King Institute of Preventive Medicine Micro-Biological Section reports 1912-19
Year: 1912
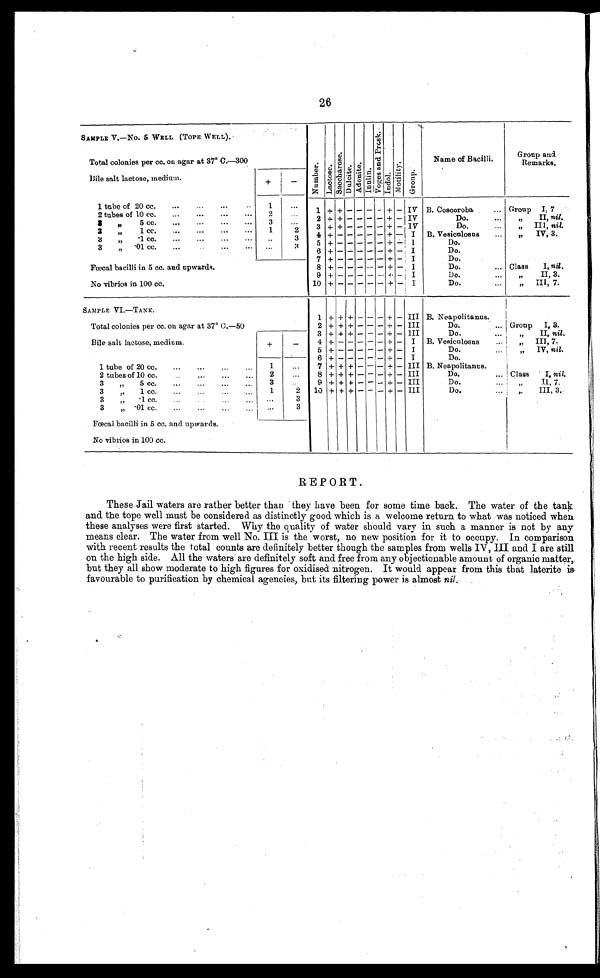
26
SAMPLE V.-No. 5 WELL (TOPE WELL).
N u m b e r . L a c t o s e .
S a c c h a r o s e .
D u l c i t e . A d o n i t e .
I n u l i n .
V o g e s a n d P r e s k .
I n d o l .
M o t i l i t y .
G r o u p .
Name of Bacilli.
Group and
Remarks.
Total colonies per cc. on agar at 37° C.—300
Bile salt lactose, medium.
+
_
1 tube of 20 cc.
. . .
1
. . .
1 + + - - - - + - IV B. Coscoroba
. . . Group I; 7
2 tubes of 10 cc. . . .
2
. . .
2 + +
- - - - + - IV
D o .
II nil.
3
"
5 cc. . . .
3
. . .
3 + + - - - - +
- IV
Do.
III, nil.
3
"
1 cc.
. . .
1
2
4 + -
- - - - +
- I
B. Vesiculosus
. . .
"
IV , 3.
3 " . 1 c c . . . .
. . .
3
5
+ - -
- - - - + - I
Do.
3
" . 0 1 c c . . . .
. . .
3
6
+
-
- - - - + - I
Do.
7
+ -
- - - - + - I
Do.
Fœcal bacilli in 5 cc. and upwards.
8
+ -
- - - - + - I
Do. . . .
Class
I, nil.
9
+ -
- - - - + -
I
Do.
II, 3.
No vibrios in 100 cc.
10
+
-
- - - -
+ - 1
Do. . . .
" I I I , 7 .
SAMPLE VI.—TANK.
1 + + +
-
- - +
- III B. Neapolitanus.
Total colonies per cc. on agar at 37° C.—50
2 + + + - - - + - III
Do. . . .
Group
I, 3.
3
+ +
+ - - - + - III
Do. . . .
" I I ,
n i l .
4
+
-
- - - - + - I B. Vesiculosus
. . .
„
III, 7-
Bile salt lactose, medium.
+
-
5
+ -
- - - - + - I
Do. . . .. .
" IV,, nil.
6
+ -
- - - - + - I
Do. . . .
1 tube of 20 cc. . . .
1
. . .
7 + + + - - - + - III B. Neapolitans
2 t u b e s o f 1 0 c c . . . .
2
. . .
8 + + + - - - + - III
Do. . . .
Class
I, nil.
3
„
5 cc. . . .
3
. . .
9 + + + - - - + - III
Do. . . .
" I I , 7 .
3 ,, .1 cc. . . .
1
2
10 + + + - - - + - III
D o . . . .
" III, 3.-
3 " .1 cc. . . .
. . .
3
3 " . 0 1 c c . . . .
. . .
3
Fœcal 'bacilli in 5 cc. and upwards.
No vibrios in 100 cc.
REPORT.
These Jail waters are rather better than they have been for some time back. The water of the tank
and the tope well must be considered as distinctly good which is a welcome return to what was noticed when.
these analyses were first started. Why the quality of water should vary in such a manner is not by any
means clear. The water from well No. III is the worst, no new position for it to occupy. In comparison
with recent results the total counts are definitely better though the samples from wells IV, III
and I are still
on the high side. All the waters' are definitely soft and free from any objectionable amount of organic matter,
but they all show moderate to high figures for oxidised nitrogen. It would appear from this that laterite is
favourable to purification by chemical agencies, but its filtering power is almost nil.